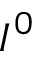
I ^ { 0 }